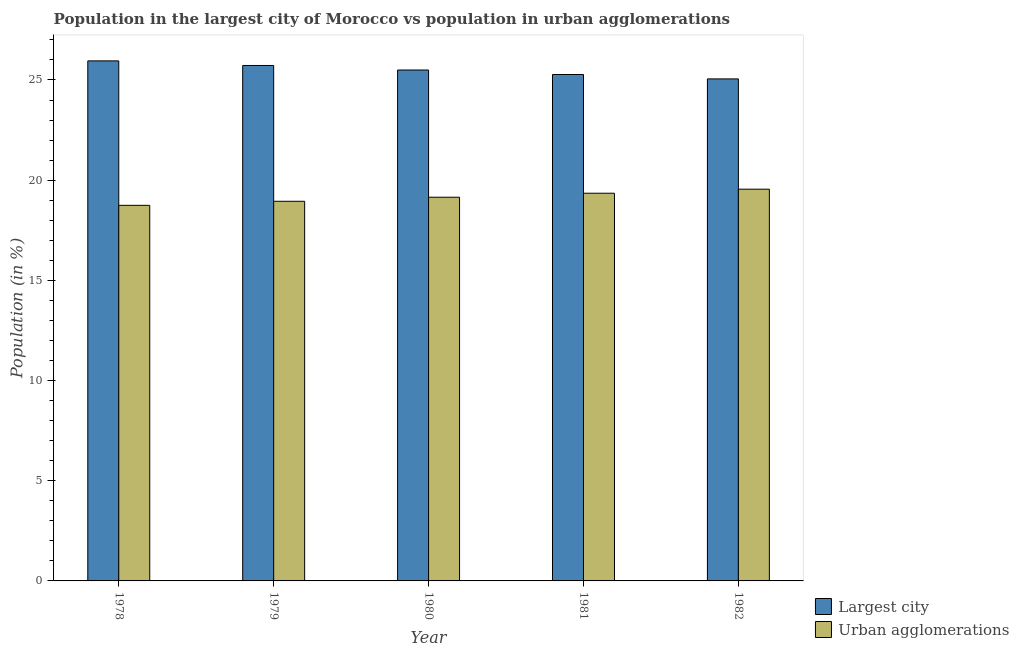
| Year | Largest city | Urban agglomerations |
 | --- | --- | --- |
 | 1978 | 26 | 18.7 |
 | 1979 | 25.7 | 18.9 |
 | 1980 | 25.5 | 19.1 |
 | 1981 | 25.3 | 19.3 |
 | 1982 | 25.1 | 19.5 |